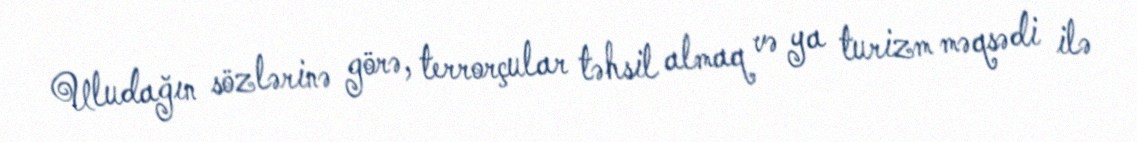
Uludağın sözlərinə görə, terrorçular təhsil almaq və ya turizm məqsədi ilə